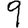
Digit: 9